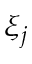
\xi _ { j }